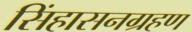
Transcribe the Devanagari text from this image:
सिंहासनग्रहण